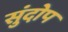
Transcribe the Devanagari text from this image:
सुंदोप